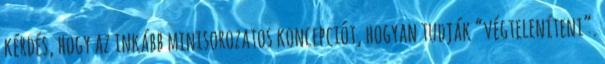
kérdés, hogy az inkább minisorozatos koncepciót, hogyan tudják “végteleníteni”.